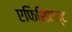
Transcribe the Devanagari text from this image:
एफिशिएन्ट